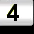
Digit: 3